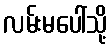
လမ်းမပေါ်သို့